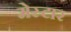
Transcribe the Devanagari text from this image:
मेस्टार